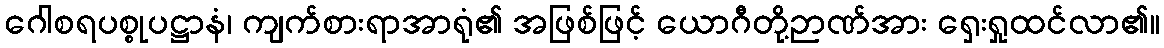
ဂေါစရပစ္စုပဋ္ဌာနံ၊ ကျက်စားရာအာရုံ၏ အဖြစ်ဖြင့် ယောဂီတို့ဉာဏ်အား ရှေးရှုထင်လာ၏။